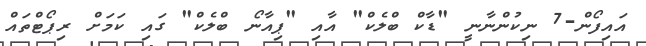
އައިފޯން-7 ނިކުންނާނީ "ޑާކް ބްލެކް" އާއި "ޕިއާނޯ ބްލެކް" ގައި ކަމަށް ރިޕޯޓްތައް